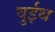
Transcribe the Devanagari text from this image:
वुईथ